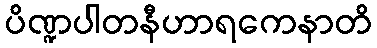
ပိဏ္ဍပါတနီဟာရကေနာတိ